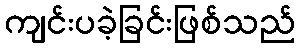
ကျင်းပခဲ့ခြင်းဖြစ်သည်